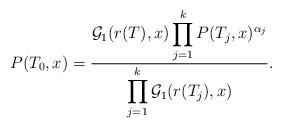
LaTeX: \begin{align*} P(T_0, x) &= \dfrac{\mathcal{G}_1(r(T), x) \displaystyle\prod_{j = 1}^{k} P(T_j, x)^{\alpha_j}}{\displaystyle\prod_{j=1}^{k} \mathcal{G}_1(r(T_j), x)} .\end{align*}